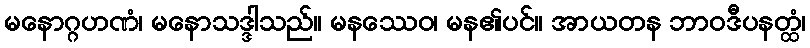
မနောဂ္ဂဟဏံ၊ မနောသဒ္ဒါသည်။ မနဿေဝ၊ မန၏ပင်။ အာယတန ဘာဝဒီပနတ္ထံ၊